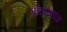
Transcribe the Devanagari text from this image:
पोन्नम्माळ